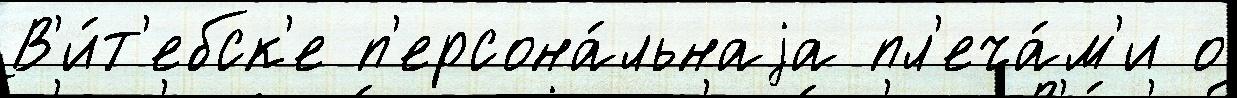
В'и́т'ебск'е п'ерсона́льнаjа пл'еча́м'и о